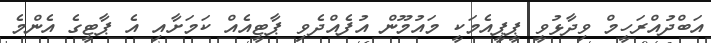
އަބްދުއްރަހީމް ވިދާޅުވީ ޕީޕީއެމަކީ މައުމޫން އުފެއްދެވި ޕާޓީއެއް ކަމަށާއި އެ ޕާޓީގެ އެންމެ